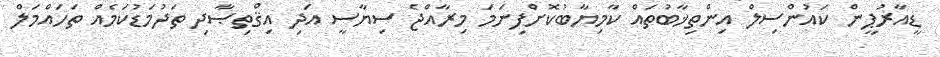
ޑީއާރުޕީން ކައުންސިލް އިންތިޚާބުތައް ކާމިޔާބުކޮށްފިނަމަ މިރާއްޖެ ސިޔާސީ އަދި އިޤްތިޞާދި ތަދުމަޑުކަމެއް ތަހައްމަލް